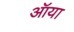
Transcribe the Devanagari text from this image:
ऑया